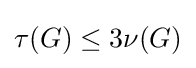
\tau (G)\leq 3\nu (G)